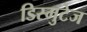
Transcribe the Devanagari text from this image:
डिस्मुटेज